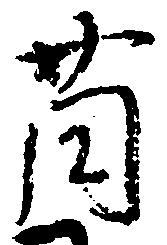
薗